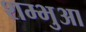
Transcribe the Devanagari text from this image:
शम्भुआ